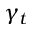
\gamma _ { t }